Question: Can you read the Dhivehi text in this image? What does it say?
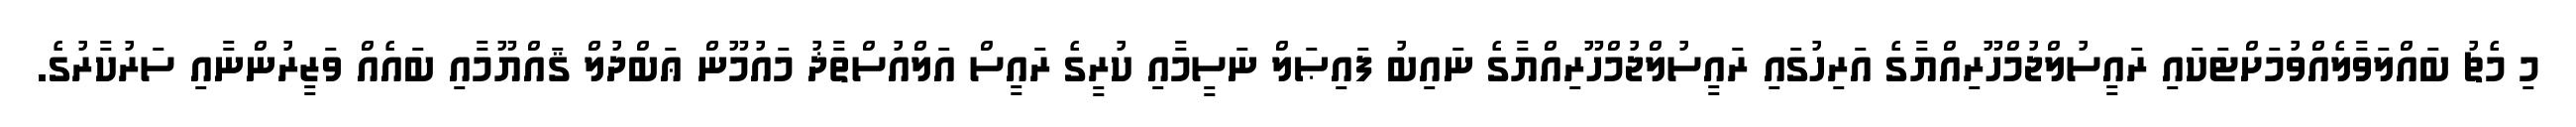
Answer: މި މެޗު ބައްލަވާލެއްވުމަށްޓަކައި ރައީސުލްޖުމްހޫރިއްޔާގެ އަރިހުގައި ރައީސުލްޖުމްހޫރިއްޔާގެ ނައިބު ފައިޞަލް ނަސީމާއި ކުރީގެ ރައީސް އަލްއުސްތާޛު މައުމޫން ޢަބްދުލް ޤައްޔޫމާއި ބައެއް ވަޒީރުންނާއި ސަރުކާރުގެ.